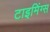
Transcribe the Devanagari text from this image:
टाइमिंग्स